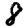
Digit: 8